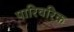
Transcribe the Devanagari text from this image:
पारिवरिक